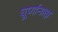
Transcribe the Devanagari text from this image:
घूर्णानाक्ष